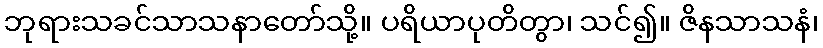
ဘုရားသခင်သာသနာတော်သို့။ ပရိယာပုတိတွာ၊ သင်၍။ ဇိနသာသနံ၊